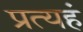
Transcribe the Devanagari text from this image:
प्रत्यहं